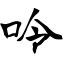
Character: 呤